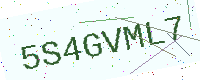
Text: 5S4GVML7